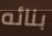
بنائه